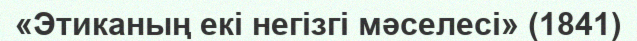
«Этиканың екі негізгі мәселесі» (1841)